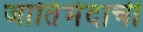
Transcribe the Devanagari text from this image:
जातिभेदाची